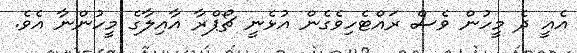
އެއީ ދެ މީހުން ވެސް ރައްޓެހިވެގެން އުޅެނީ ޗޯޕްރާ އާއިލާގެ މީހުންނާ އެވެ.